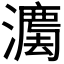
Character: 𱩮